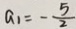
a _ { 1 } = - \frac { 5 } { 2 }